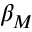
\beta _ { M }